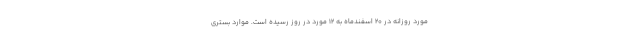
مورد روزانه در ۲۰ اسفندماه به ۱۲ مورد در روز رسیده است. موارد بستری